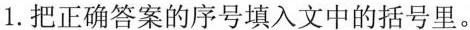
1.把正确答案的序号填入文中的括号里。